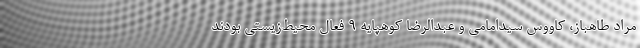
مراد طاهباز، کاووس سیدامامی و عبدالرضا کوهپایه ۹ فعال محیط‌زیستی بودند